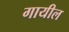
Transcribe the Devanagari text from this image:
गायील